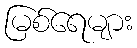
မြစ်ရေများ